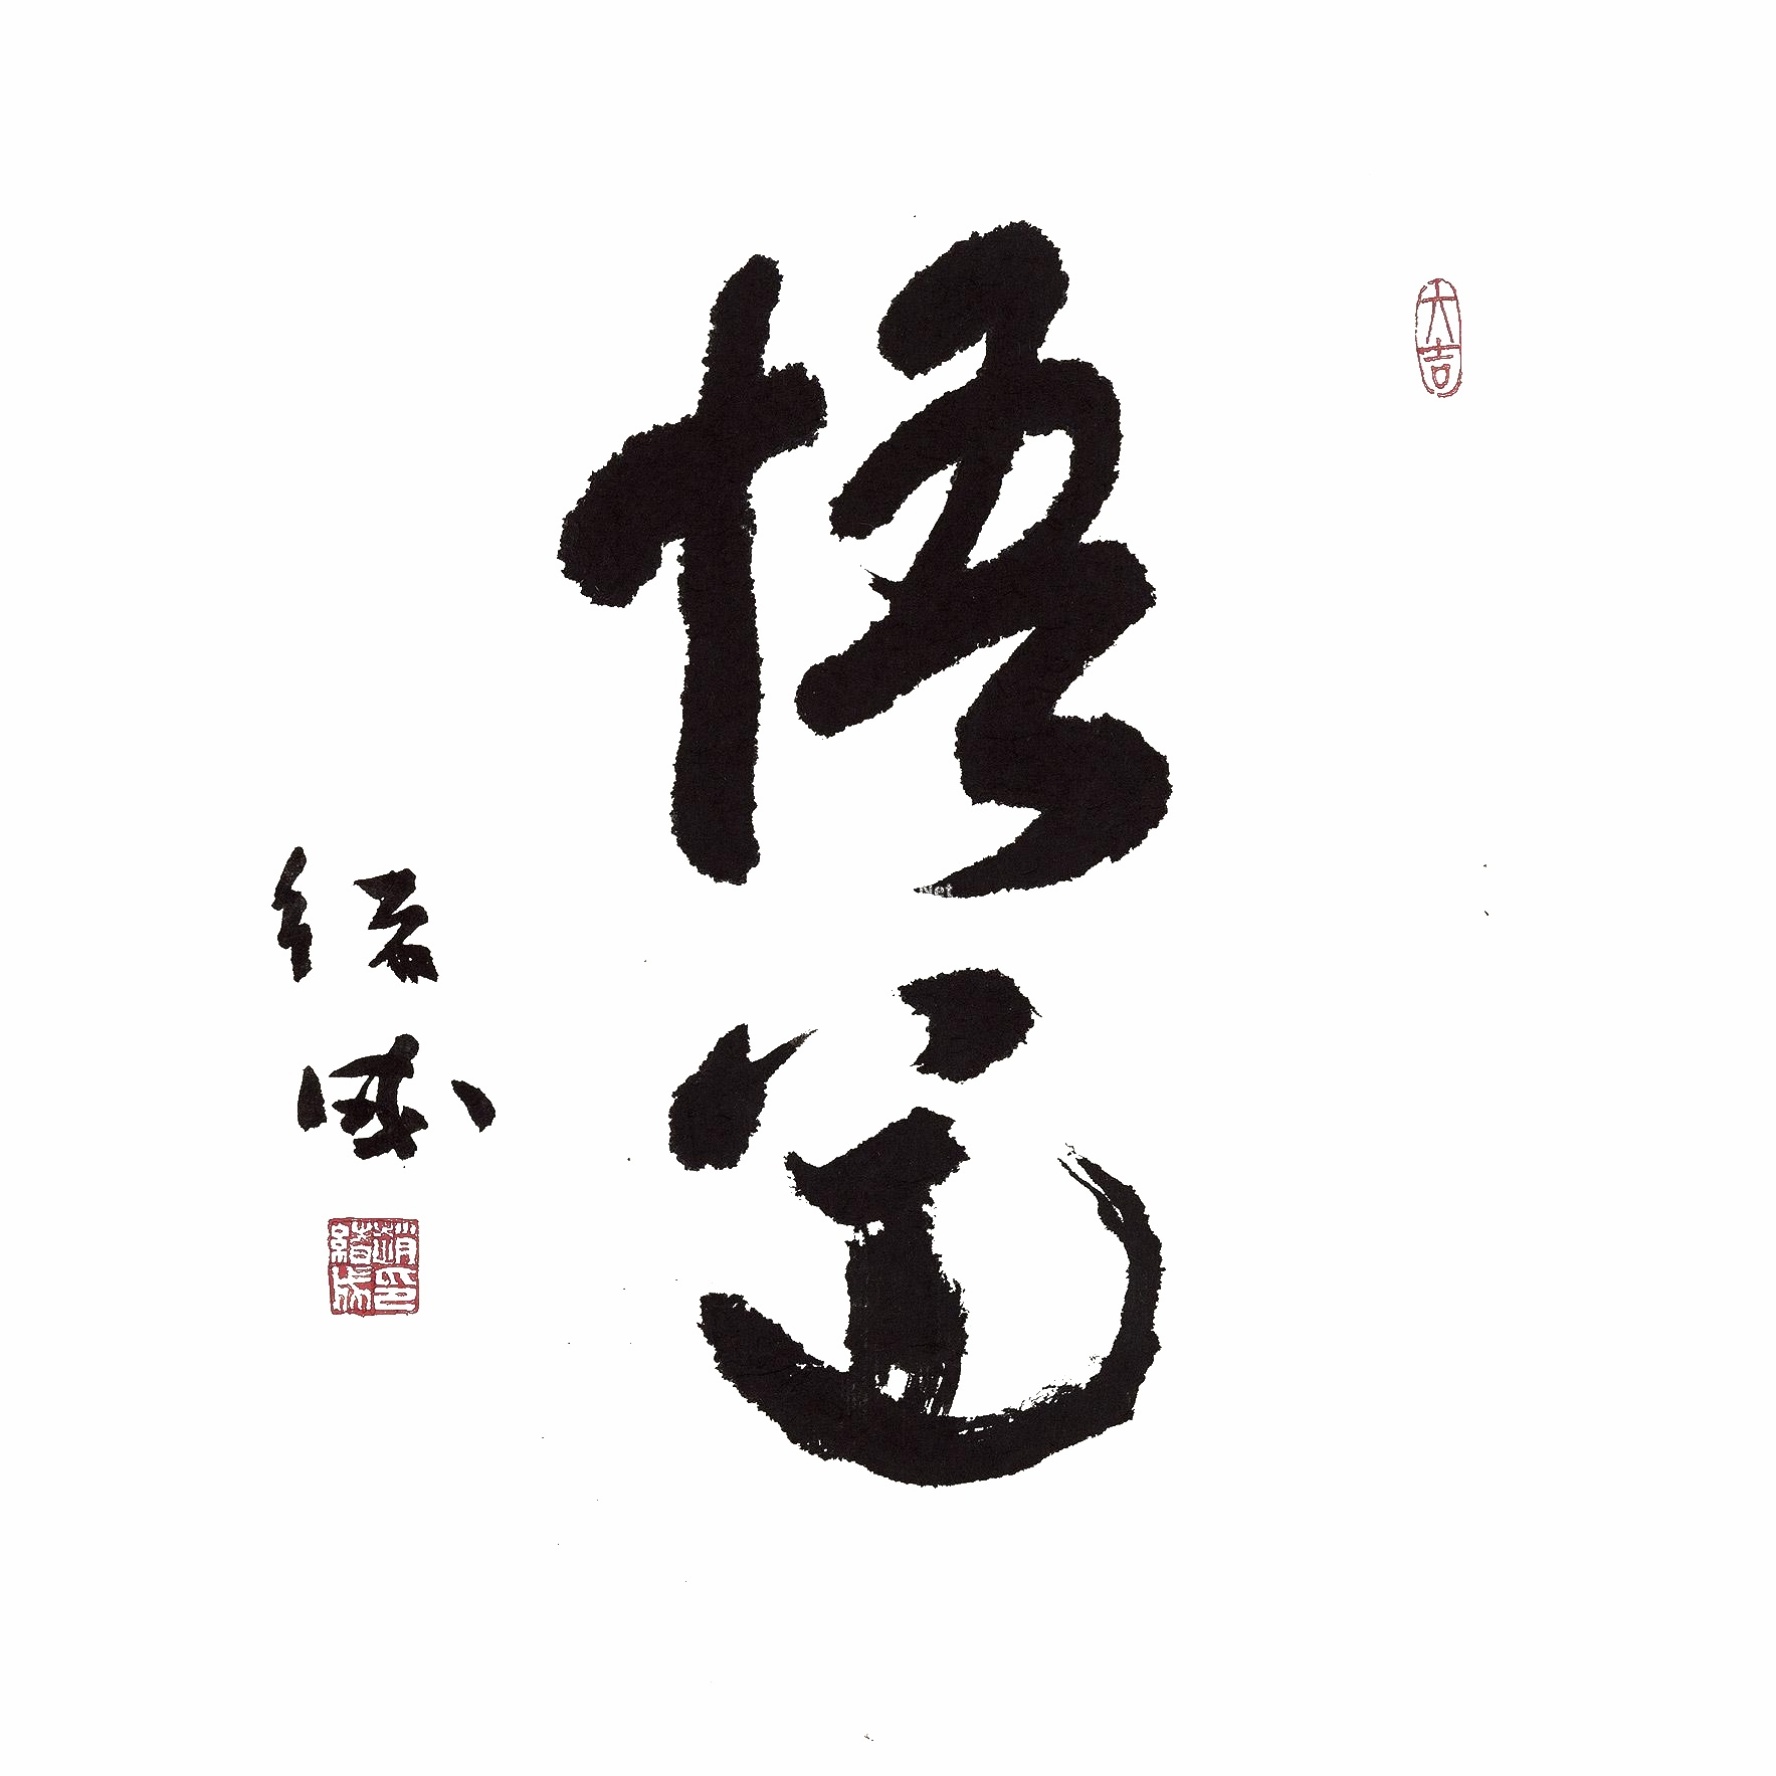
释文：悟道绪成